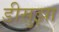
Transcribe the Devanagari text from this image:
डीसुझा